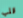
قلب